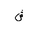
Letter: _shin